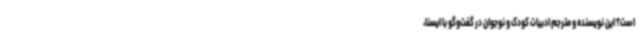
است؟ این نویسنده و مترجم ادبیات کودک و نوجوان در گفت‌وگو با ایسنا،